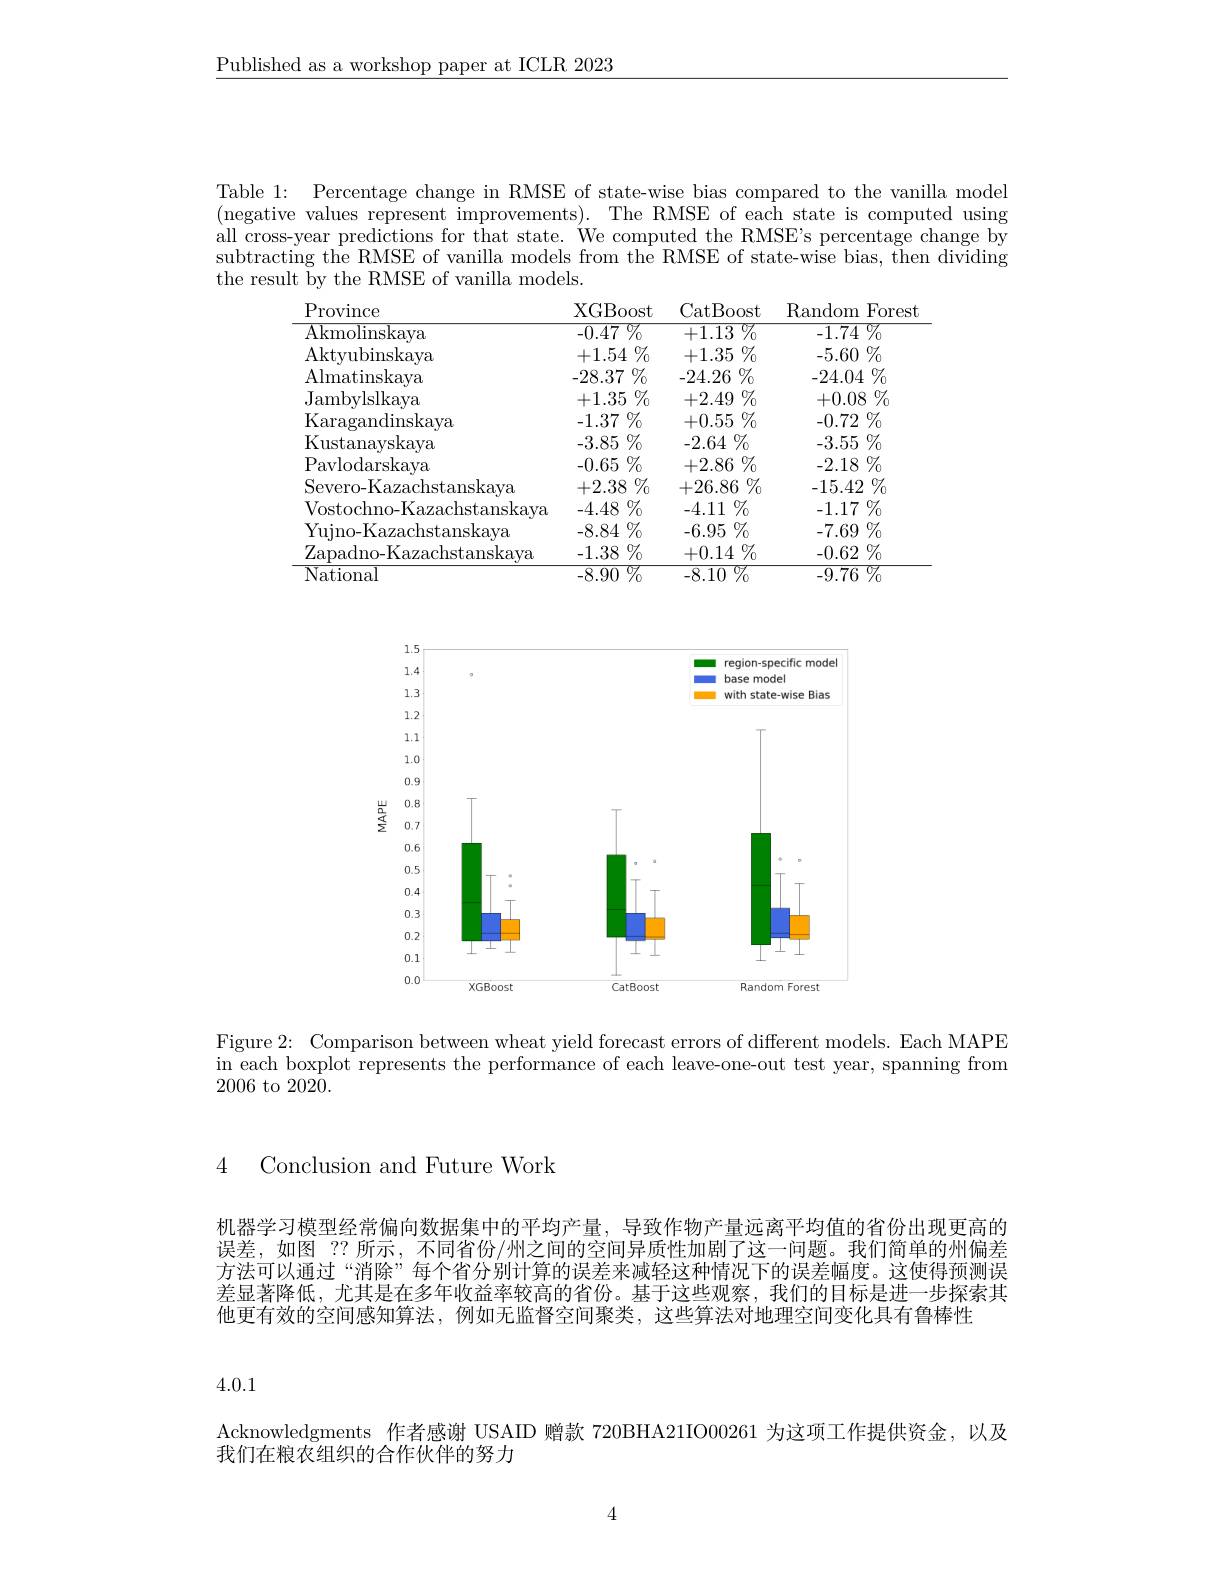
$\underline{\text{Published as a workshop paper at ICLR 2023}}$

Table 1: Percentage change in RMSE of state-wise bias compared to the vanilla model (negative values represent improvements).The RMSE of each state is computed using all cross-year predictions for that state. We computed the RMSE's percentage change by subtracting the RMSE of vanilla models from the RMSE of state-wise bias, then dividing the result by the RMSE of vanilla models.

<table>
	<tbody>
		<tr>
			<th>Province</th>
			<th>XGBoost</th>
			<th>Random Forest</th>
		</tr>
		<tr>
			<td>$\overline{{\mathrm{Akmolinskaya}}}$</td>
			<td>$\overline {- 0. 47}$ $\%$</td>
			<td>-1.74 $\overline {4}$ $\%$</td>
		</tr>
		<tr>
			<td>Aktvubinskava</td>
			<td>$+1.54\%$</td>
			<td>$-5.60\%$</td>
		</tr>
		<tr>
			<td>Almatinskava</td>
			<td>$-28.37\%$</td>
			<td>$-24.04\%$</td>
		</tr>
		<tr>
			<td>Jambylslkaya</td>
			<td>$+1.35\%$</td>
			<td>+0.08 $8\%$</td>
		</tr>
		<tr>
			<td>Karagandinskaya</td>
			<td>$-1.37\%$</td>
			<td>$-0.72\%$</td>
		</tr>
		<tr>
			<td>Kustanayskaya</td>
			<td>$-3.85\%$</td>
			<td>$-3.55\%$</td>
		</tr>
		<tr>
			<td>Pavlodarskaya</td>
			<td>$-0.65\%$</td>
			<td>$-2.18\%$</td>
		</tr>
		<tr>
			<td>Severo-Kazachstanskaya</td>
			<td>$+2.38\%$</td>
			<td>-15.42 $2\%$</td>
		</tr>
		<tr>
			<td>Vostochno-Kazachstanskaya</td>
			<td>$-4.48\%$</td>
			<td>$-1.17\%$</td>
		</tr>
		<tr>
			<td>Yuino-Kazachstanskava</td>
			<td>$-8.84\%$</td>
			<td>$-7.69\%$</td>
		</tr>
		<tr>
			<td>Zapadno- Kazachstanskaya</td>
			<td>$8\%$ -1.38</td>
			<td>-0.62 $\%$ 11</td>
		</tr>
		<tr>
			<td>National</td>
			<td>-8.90 ${\overline{{0}}}7_{0}$ </td>
			<td>-9.76 ${\overline{\%}}_{0}$</td>
		</tr>
	</tbody>
</table>

<FigureHere>

Figure 2: Comparison between wheat yield forecast errors of different models. Each MAPE in each boxplot represents the performance of each leave-one-out test year, spanning from 2006 to 2020.

4 Conclusion and Future Work

机器学习模型经常偏向数据集中的平均产量，导致作物产量远离平均值的省份出现更高的误差，如图 ?? 所示 , 不同省份/州之间的空间异质性加剧了这一问题。我们简单的州偏差方法可以通过“消除”每个省分别计算的误差来减轻这种情况下的误差幅度。这使得预测误差显著降低，尤其是在多年收益率较高的省份。基于这些观察，我们的目标是进一步探索其他更有效的空间感知算法，例如无监督空间聚类，这些算法对地理空间变化具有鲁棒性

4.0.1

Acknowledgments 作者感谢 USAID 赠款 720BHA21IO00261 为这项工作提供资金，以及
我们在粮农组织的合作伙伴的努力

4